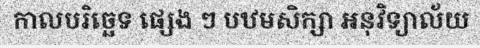
កាលបរិច្ឆេទ ផ្សេង ៗ បឋមសិក្សា អនុវិទ្យាល័យ